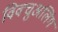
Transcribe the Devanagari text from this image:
विक्चुअलिंग